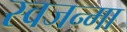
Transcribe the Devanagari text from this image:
स्वजन्मा